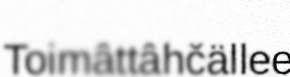
Toimâttâhčällee